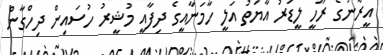
އީރާނުގެ ރޫހީ ލީޑަރު އާޔަތު އަލީ ހާމަނާއީގެ ދިފާއީ މުޝީރު ހުސައިން ދިހްގާން